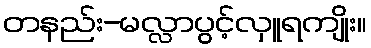
တနည်း-မလ္လာပွင့်လှူရကျိုး။